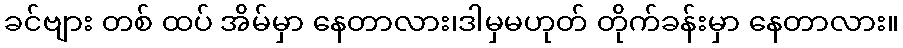
ခင်ဗျား တစ် ထပ် အိမ်မှာ နေတာလား၊ဒါမှမဟုတ် တိုက်ခန်းမှာ နေတာလား။